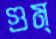
গুম্‌